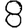
Digit: 8